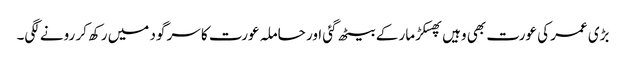
بڑی عمر کی عورت بھی وہیں پھسکڑ مار کے بیٹھ گئی اور حاملہ عورت کا سر گود میں رکھ کر رونے لگی۔